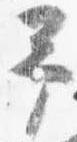
予